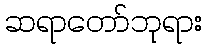
ဆရာတော်ဘုရား